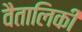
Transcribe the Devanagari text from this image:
वैतालिकी